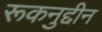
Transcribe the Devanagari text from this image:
रूकनुद्दीन